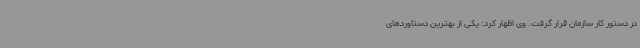
در دستور کار سازمان قرار گرفت. وی اظهار کرد: یکی از بهترین دستاوردهای